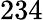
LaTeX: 234